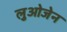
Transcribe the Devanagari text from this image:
लुओजेन